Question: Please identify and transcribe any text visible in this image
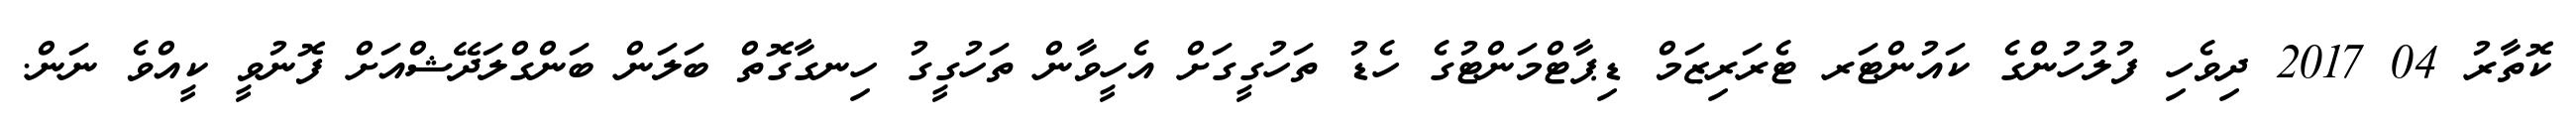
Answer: ކޮތާރު 04 2017 ދިވެހި ފުލުހުންގެ ކައުންޓަރ ޓެރަރިޒަމް ޑިޕާޓްމަންޓުގެ ހެޑު ތަހުގީގަށް އެހީވާން ތަހުގީގު ހިނގާގޮތް ބަލަން ބަންގްލަދޭޝްއަށް ފޮނުވީ ކީއްވެ ނަން.